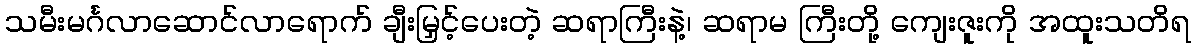
သမီးမင်္ဂလာဆောင်လာရောက် ချီးမြှင့်ပေးတဲ့ ဆရာကြီးနဲ့၊ ဆရာမ ကြီးတို့ ကျေးဇူးကို အထူးသတိရ